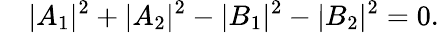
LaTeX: \quad|A_{1}|^{2}+|A_{2}|^{2}-|B_{1}|^{2}-|B_{2}|^{2}=0.